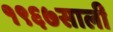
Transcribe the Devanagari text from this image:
१९६७साली